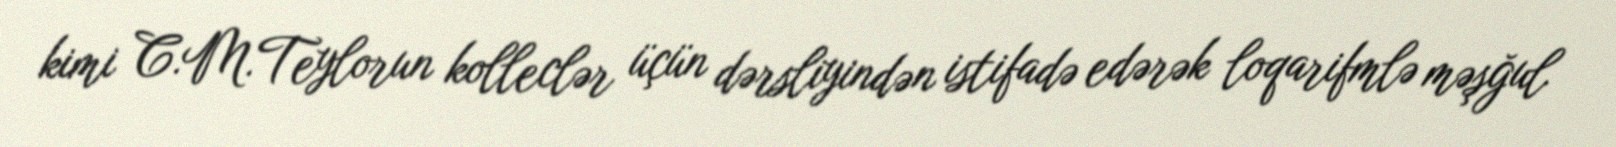
kimi C.M.Teylorun kolleclər üçün dərsliyindən istifadə edərək loqarifmlə məşğul